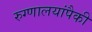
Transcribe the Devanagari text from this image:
रुग्णालयांपैकी